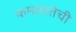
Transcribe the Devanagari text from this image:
कमतरतेची